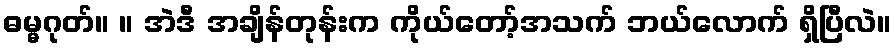
ဓမ္မဂုတ်။ ။ အဲဒီ အချိန်တုန်းက ကိုယ်တော့်အသက် ဘယ်လောက် ရှိပြီလဲ။